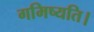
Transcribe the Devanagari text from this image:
गमिष्यति।